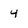
Character: 4